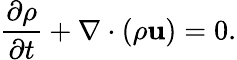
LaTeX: {\frac{\partial\rho}{\partial t}}+\nabla\cdot\left(\rho\mathbf{u}\right)=0.